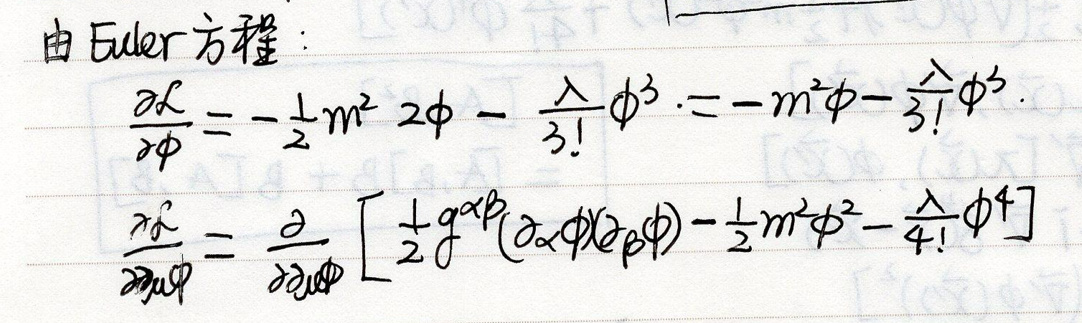
由 Euler 方程：
\[
\frac{\partial \mathcal{L}}{\partial \phi}=-\frac{1}{2}m^{2}2\phi-\frac{\lambda}{3!}\phi^{3}=-m^{2}\phi - \frac{\lambda}{3!}\phi^{3}
\]
\[
\frac{\partial \mathcal{L}}{\partial \partial_{\mu}\phi}=\frac{\partial}{\partial \partial_{\mu}\phi}\left[\frac{1}{2}g^{\alpha\beta}(\partial_{\alpha}\phi)(\partial_{\beta}\phi)-\frac{1}{2}m^{2}\phi^{2}-\frac{\lambda}{4!}\phi^{4}\right]
\]